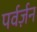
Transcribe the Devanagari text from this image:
पर्वर्ज़न